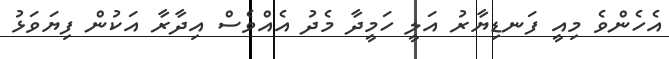
އެހެންވެ މިއީ ފަނޑިޔާރު އަލީ ހަމީދާ މެދު އެއްވެސް އިދާރާ އަކުން ފިޔަވަޅު